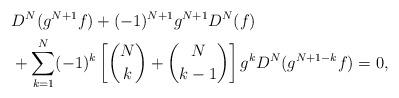
LaTeX: \begin{align*}&D^N(g^{N+1}f)+(-1)^{N+1}g^{N+1}D^N(f)\\&+\sum_{k=1}^N(-1)^k\left[\binom{N}{k}+\binom{N}{k-1}\right]g^kD^N(g^{N+1-k}f)=0,\end{align*}